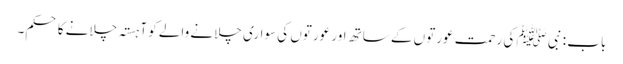
باب : نبی ﷺ کی رحمت عورتوں کے ساتھ اور عورتوں کی سواری چلانے والے کو آہستہ چلانے کا حکم۔